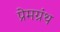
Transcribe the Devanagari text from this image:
प्रेमग्रंथ